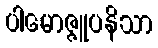
ပါမောဇ္ဇူပနိသာ